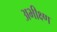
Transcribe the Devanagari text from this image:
अभीक्ष्ण